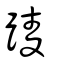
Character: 踜